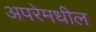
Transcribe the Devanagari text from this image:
अपरेमधील